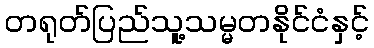
တရုတ်ပြည်သူ့သမ္မတနိုင်ငံနှင့်